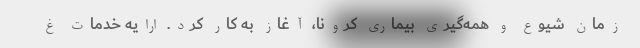
زمان شیوع و همه‌گیری بیماری کرونا، آغاز به کار کرد. ارایه خدمات غ